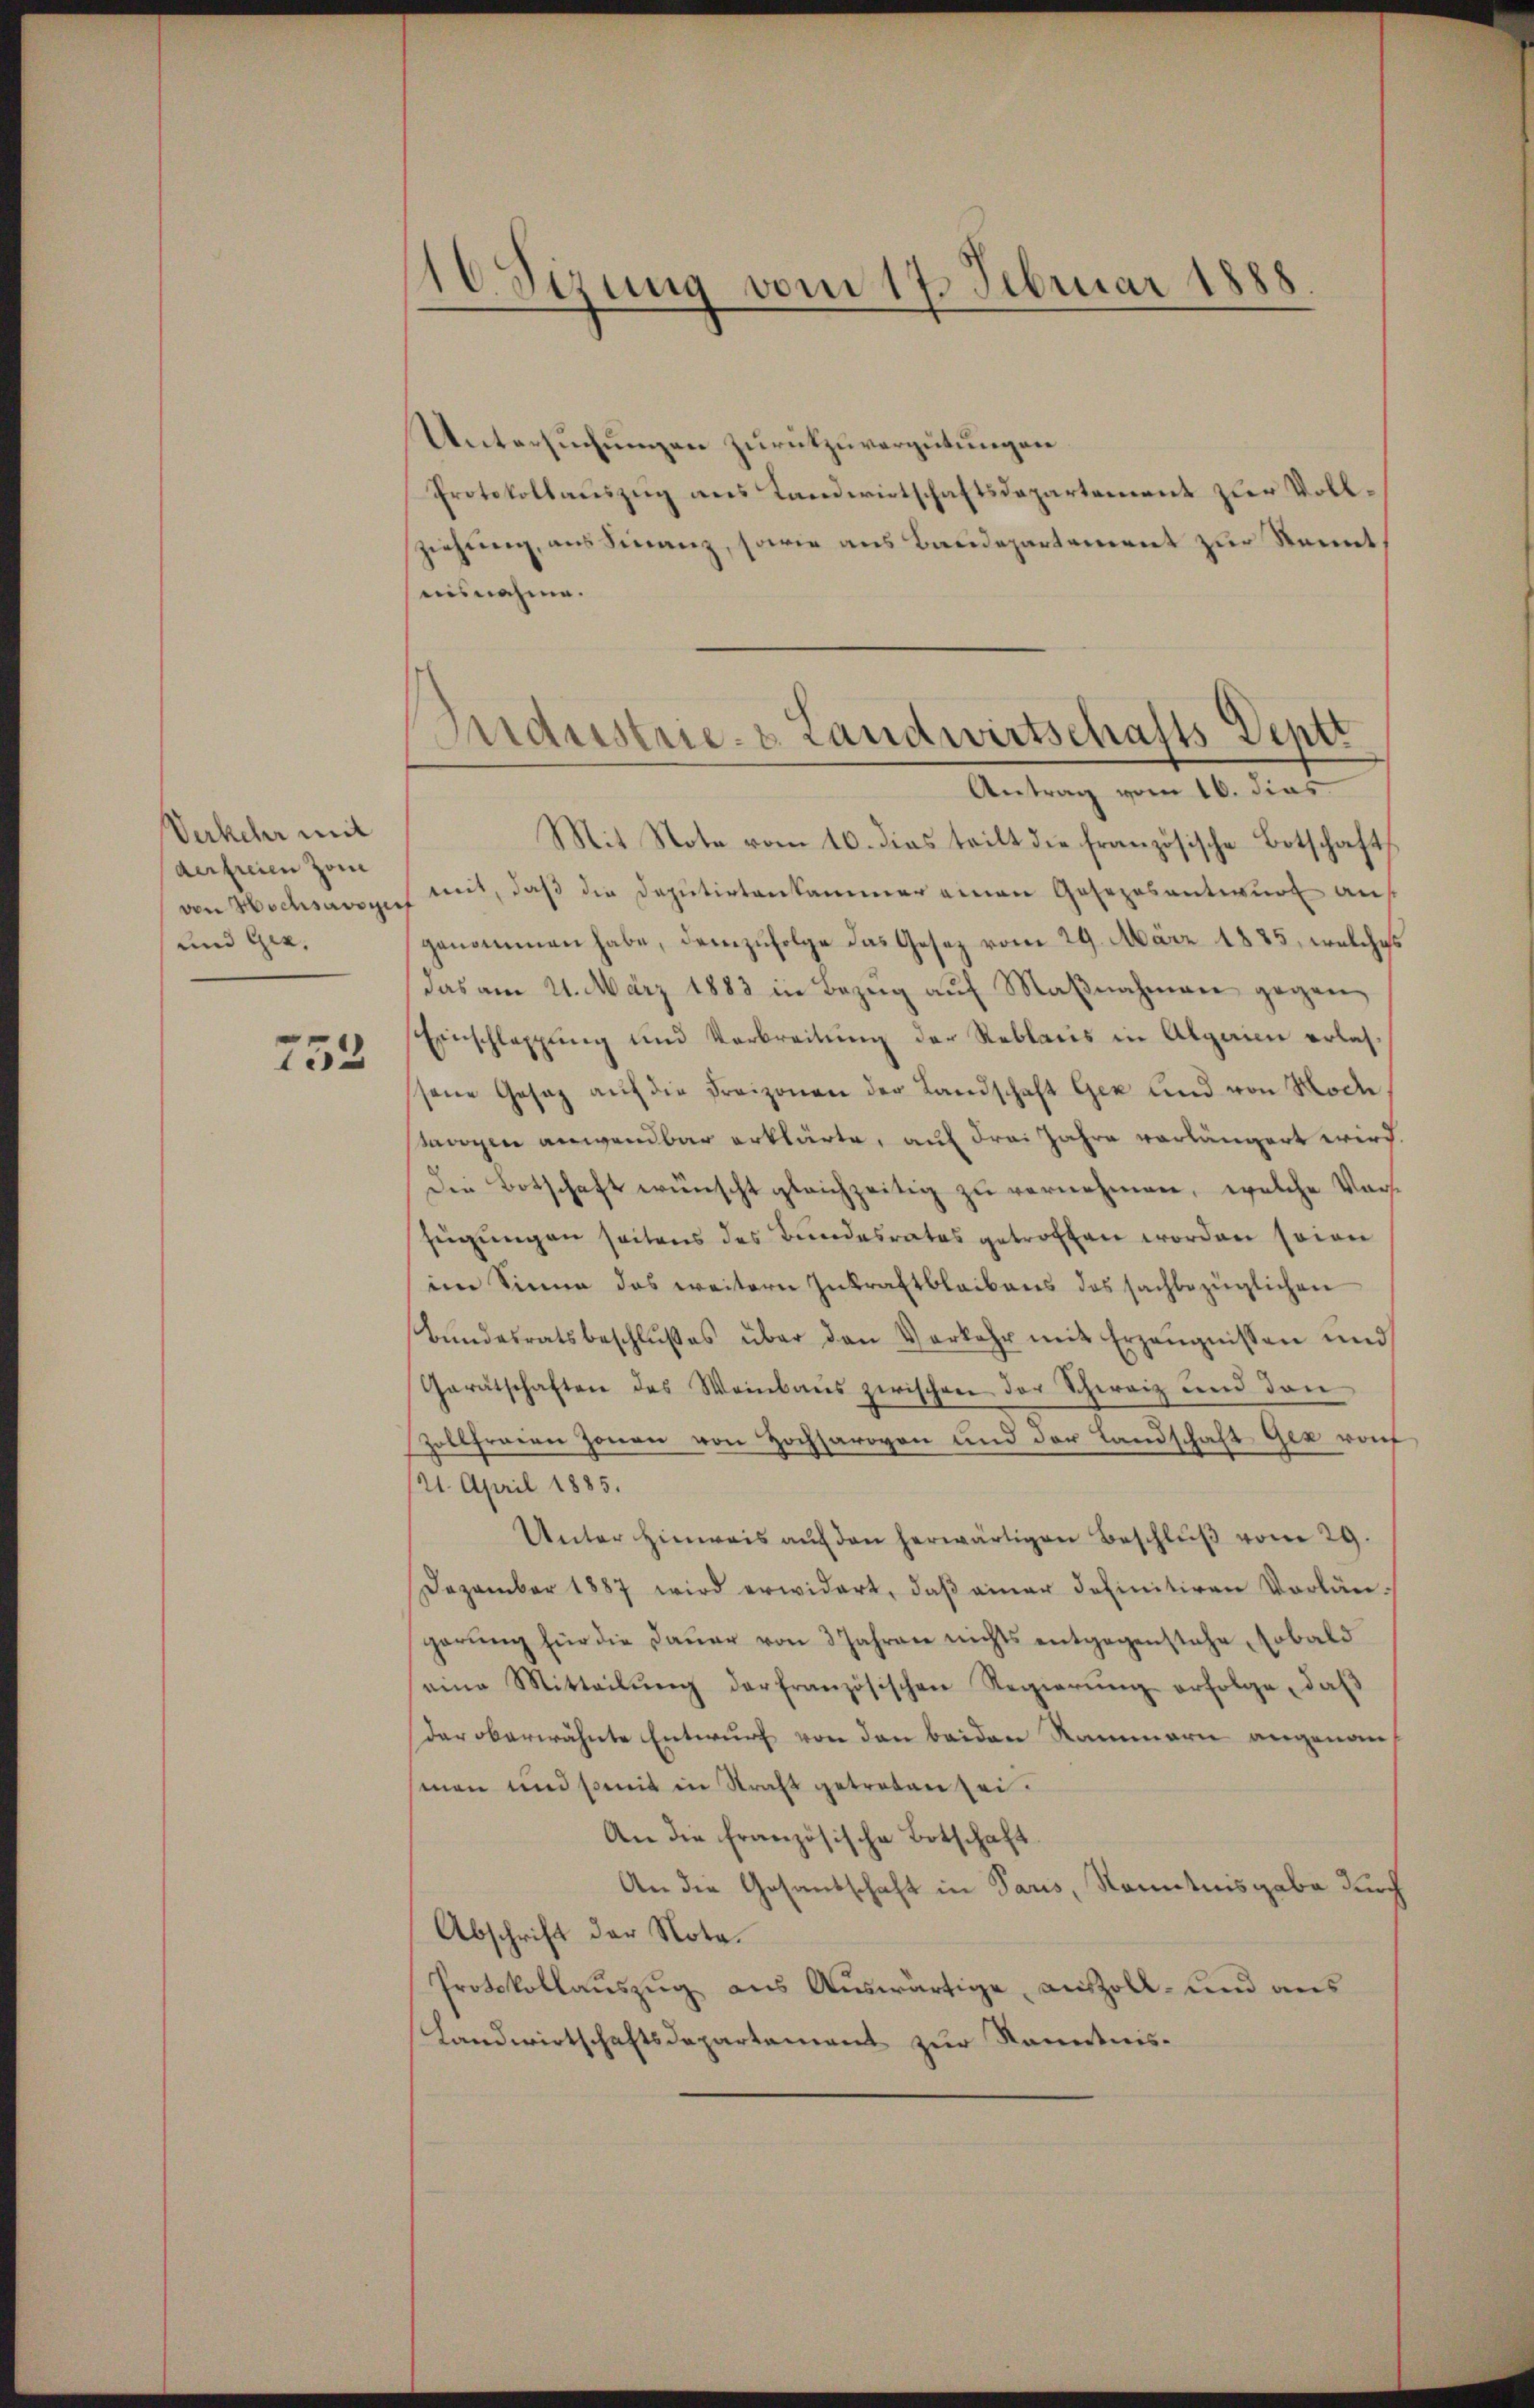
Verkehr mit
derfreien Zone
von Hochsauszieh
und Gez.

753

16 Sizung vom 17. Februar 1888

Untersuchungen zurükzuvergütungen.
Protokollauszug aus Landwirtschaftsdepartement zur Vollziehung, aus Finanz, sowie aus Baudepartement zur Kennt
nisnahme.
Antrag vom 16. dies
Mit Note vom 10. dies teilt die französische Botschafts
mit, daß die Deputirtenkammer einen Gosezosantwurf an
genommen habe, demzufolge das Gesetz vom 29. März 1885. welche
das am 21. März 1883 in Bezŭg aŭf Maβnahmen gegen
Einschlagung und Verbreitŭng der Reblaus in Algaim erlassene Gesaz aŭf die Freizonen der Landschaft Gez und von Hoch
trogen anwendbar erklärte, auf drei Jahre vorlängert wird
Die Botschaft wünscht gleichzeitig zu vernehmen, welche Vorfügungen seitens des Bundesrates getroffen worden soien
im Sinne das weitern Inkraft bleibens des sachbezüglichen
Bŭndesratsbeschlŭβes über den Vorkehr mit Erzeŭgnissen und
Gerätschaften des Weinbaŭs zwischen der Schweiz und den
Zollfraren Zonen von Hochsaroyon und der Landschaft Gez raf
121. April 1885.
Unter Hinweis aŭf den herwärtigen Beschlŭβ vom 29.
Dezember 1887 wird erwidert, daβ einer definitiven Vorlän-
garŭng für die Daŭer von 3 Jahren nichts entgegenstehe, sobald
eine Mitteilŭng der französischen Regierŭng erfolge, daβ
deroberwähnte Entwurf von den beiden Rammern angenom
sinen und somit in Straft getreten sei.
An die französische Botschaft.
An die Gesandschaft in Paris, Kenntnisgabe durch
Abschrift der Nota¬
Protokollauszug aus Auswärtige, anzoll- und aus
Landwirtschaftsdepartement zur Kenntnis¬

ndustrie- & Landwirtschafts Deptt